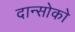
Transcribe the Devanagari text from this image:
दान्सोको